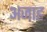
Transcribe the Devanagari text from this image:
अजाह